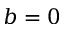
b = 0